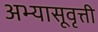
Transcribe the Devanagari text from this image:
अभ्यासूवृत्ती